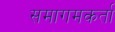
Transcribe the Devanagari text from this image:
समागमकर्ता